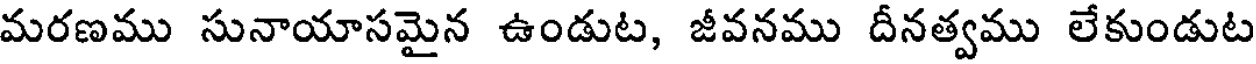
మరణము సునాయాసమైన ఉండుట, జీవనము దీనత్వము లేకుండుట